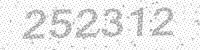
Solution: 252312